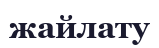
жайлату